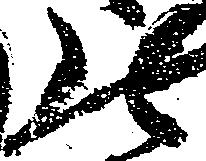
の